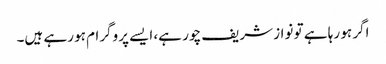
اگر ہو رہا ہے تو نواز شریف چور ہے، ایسے پروگرام ہو رہے ہیں۔